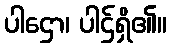
ပါဌော၊ ပါဌ်ရှိ၏။